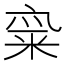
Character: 𱹂